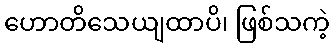
ဟောတိသေယျထာပိ၊ ဖြစ်သကဲ့